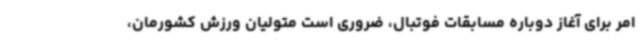
امر برای آغاز دوباره مسابقات فوتبال، ضروری است متولیان ورزش کشورمان،